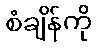
စံချိန်ကို